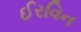
ઈરવિન